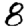
Digit: 8